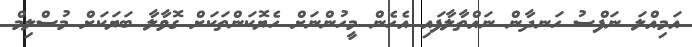
އަމިއްލަ ނަފްސު ހަނދާން ނައްތާލާފައި އެހެން މީހުންނަށް ހެޔޮކަންތަކަށް ގޮވާލާ ބަޔަކަށް މުސްލިމް